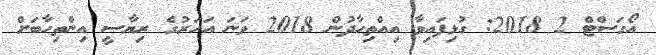
އޯގަސްޓް 2 2018: ގުޅިފައިވާ އިއްތިހާދުން 2018 ވަނަ އަހަރުގެ ރިޔާސީ އިންތިހާބަށް